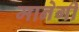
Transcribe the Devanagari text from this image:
मानेगी